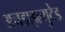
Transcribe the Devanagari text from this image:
अनडाइल्युटेड